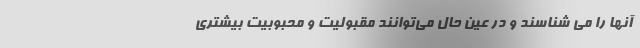
آنها را می شناسند و در عین حال می‌توانند مقبولیت و محبوبیت بیشتری